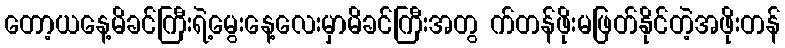
တော့ယနေ့မိခင်ကြီးရဲ့မွေးနေ့လေးမှာမိခင်ကြီးအတွ က်တန်ဖိုးမဖြတ်နိုင်တဲ့အဖိုးတန်